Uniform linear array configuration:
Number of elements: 12
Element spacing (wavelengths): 0.25
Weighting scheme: kaiser
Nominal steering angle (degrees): -45
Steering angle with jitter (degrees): -46.773
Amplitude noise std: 0.05
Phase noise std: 0.05

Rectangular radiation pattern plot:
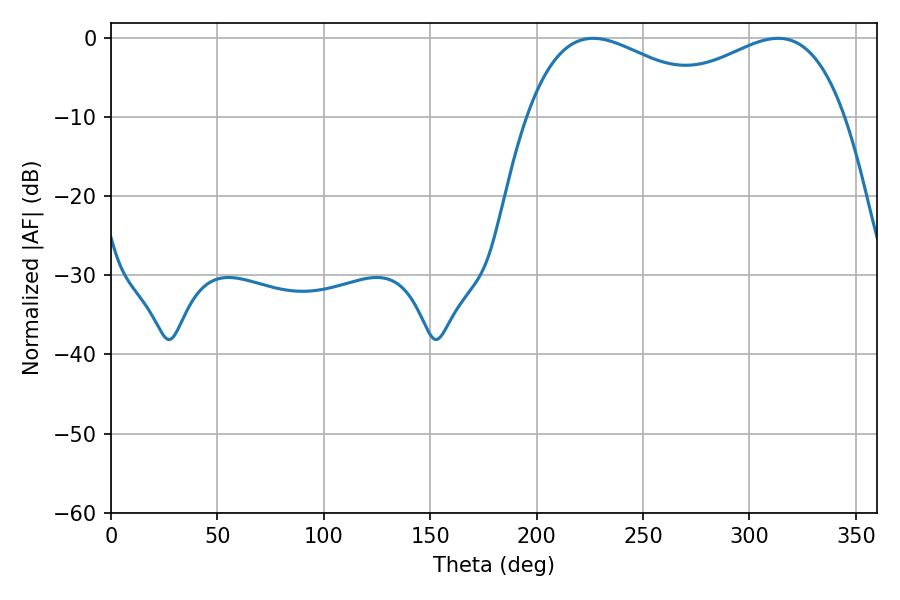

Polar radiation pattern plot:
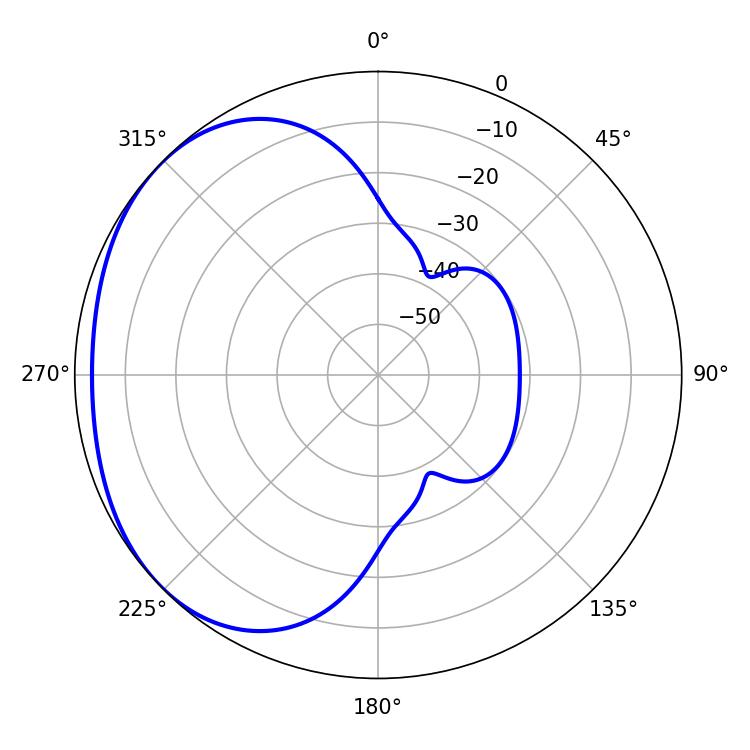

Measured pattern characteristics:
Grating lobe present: FALSE
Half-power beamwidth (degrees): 51.66
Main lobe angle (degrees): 226.62